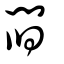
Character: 閰